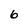
Character: 6